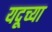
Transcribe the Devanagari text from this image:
यदूच्या